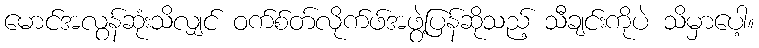
မောင်အလွန်ဆုံးသိလျှင် ဝက်စ်တ်လိုက်ဖ်အဖွဲ့ပြန်ဆိုသည့် သီချင်းကိုပဲ သိမှာပေါ့။